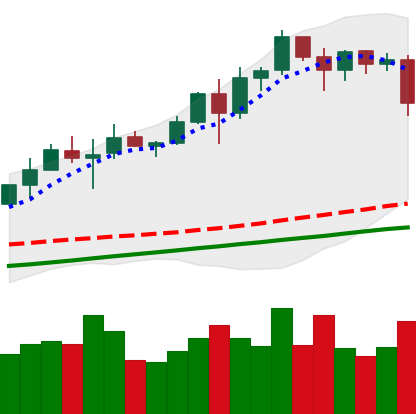
Ticker: BNB-USD
Chart end date: 2020-08-11
Forward return: 10.538%
Label: up_7plus